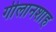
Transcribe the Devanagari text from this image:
गीलानशाह